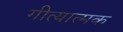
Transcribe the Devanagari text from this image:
गीत्यात्मक